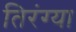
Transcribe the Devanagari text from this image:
तिरंग्या